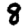
Digit: 8